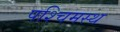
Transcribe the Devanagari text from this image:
पश्चिमस्थ